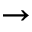
\rightarrow